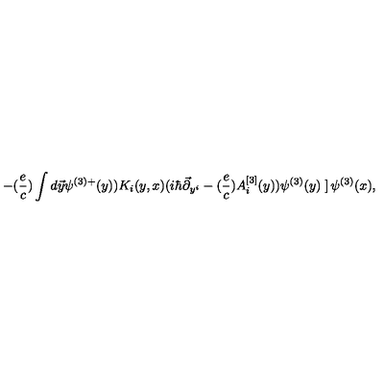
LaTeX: - ( { \frac { e } { c } } ) \int d \vec { y } \psi ^ { ( 3 ) + } ( y ) ) K _ { i } ( y , x ) ( i \hbar \vec { \partial } _ { y ^ { i } } - ( { \frac { e } { c } } ) A _ { i } ^ { [ 3 ] } ( y ) ) \psi ^ { ( 3 ) } ( y ) \left. \right] \psi ^ { ( 3 ) } ( x ) ,